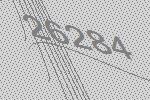
26284